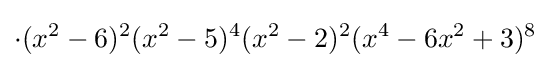
\cdot (x^{2}-6)^{2}(x^{2}-5)^{4}(x^{2}-2)^{2}(x^{4}-6x^{2}+3)^{8}